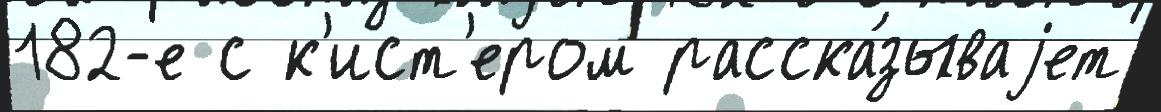
182-е с к'ист'ером расска́зываjет